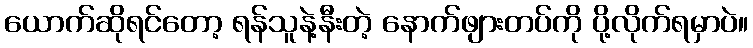
ယောက်ဆိုရင်တော့ ရန်သူနဲ့နီးတဲ့ နောက်ဖျားတပ်ကို ပို့လိုက်ရမှာပဲ။